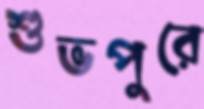
শুভপুরে